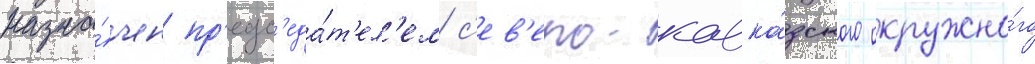
назна́чен пр'едс'еда́т'ел'ем с'ев'еро-кавка́зского окружно́го